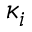
\kappa _ { i }